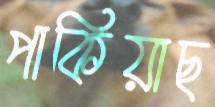
পাকিয়াছ